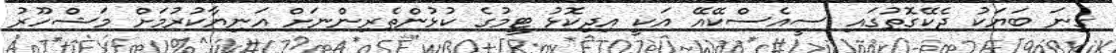
ގިނަ ބަޔަކު ދެކޭގޮތުގައި ސީއެސްކޭއޭ އަކީ އިދިކޮޅު ޓީމުގެ ކުޅުންތެރިންނަށް އަނިޔާކުރުމަށް މަޝްހޫރު